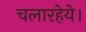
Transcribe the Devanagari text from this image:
चलारहेये।